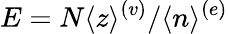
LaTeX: E=N\langle z\rangle^{(v)}/\langle n\rangle^{(e)}